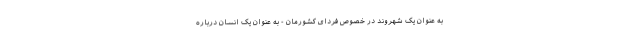
به عنوان یک شهروند در خصوص فردای کشورمان - به عنوان یک انسان درباره